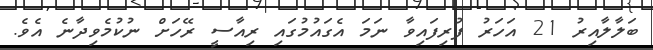
ބަލާލާއިރު 21 އަހަރު ފުރިފައިވާ ނަމަ އެގައުމުގައި ރިއާސީ ރޭހަށް ނުކުމެވިދާނެ އެވެ.